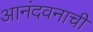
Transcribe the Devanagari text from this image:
आनंदवनाची